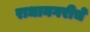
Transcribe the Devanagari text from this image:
राधानगरीचे